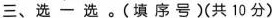
三、选一选。(填序号)(共10分)